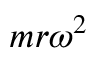
m r \omega ^ { 2 }